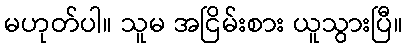
မဟုတ်ပါ။ သူမ အငြိမ်းစား ယူသွားပြီ။